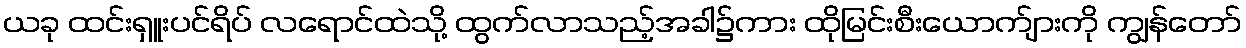
ယခု ထင်းရှူးပင်ရိပ် လရောင်ထဲသို့ ထွက်လာသည့်အခါ၌ကား ထိုမြင်းစီးယောက်ျားကို ကျွန်တော်